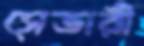
সেতারী